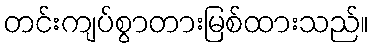
တင်းကျပ်စွာတားမြစ်ထားသည်။